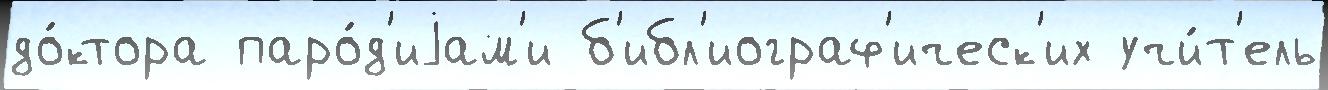
до́ктора паро́д'иjам'и б'ибл'иограф'ическ'их учи́т'ель